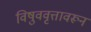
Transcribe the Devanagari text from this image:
विषुववृत्तावरून